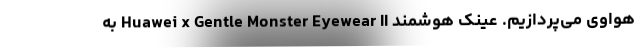
هواوی می‌پردازیم. عینک هوشمند Huawei x Gentle Monster Eyewear II به